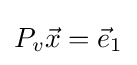
P_{v}{\vec {x}}={\vec {e}}_{1}